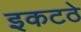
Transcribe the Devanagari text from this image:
इकटठे